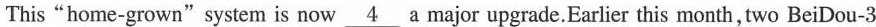
This“home-grown" system is now \underline{4} a major upgrade.Earlier this month, two BeiDou-3